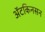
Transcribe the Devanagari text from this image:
अॅटकिनसन